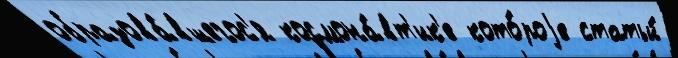
образова́вшегос'я космона́вт'ик'е кото́роjе статьи́